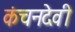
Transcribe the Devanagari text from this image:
कंचनदेवी